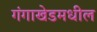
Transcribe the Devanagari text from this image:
गंगाखेडमधील